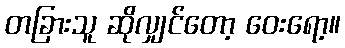
တခြားသူ ဆိုလျှင်တော့ ဝေးရော့။